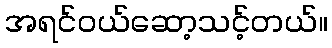
အရင်ဝယ်ဆော့သင့်တယ်။